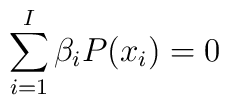
\sum_{i=1}^{I} \beta _i P(x_i) = 0